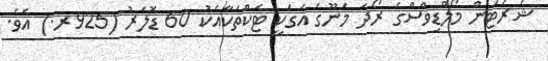
ޝެރެޓަން މޯލްޑިވްސްގެ ރޯދަ މެނޫގެ އަގަކީ ޓެކްތަކާއެކު 60 ޑޮލަރު (925ރ.) އެވެ.